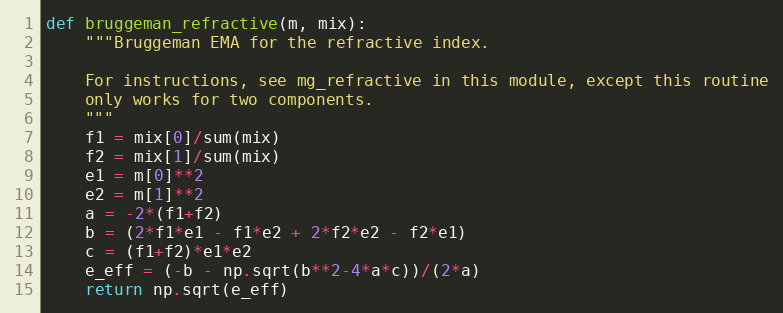
Language: Python
def bruggeman_refractive(m, mix):
    """Bruggeman EMA for the refractive index.

    For instructions, see mg_refractive in this module, except this routine
    only works for two components.
    """
    f1 = mix[0]/sum(mix)
    f2 = mix[1]/sum(mix)
    e1 = m[0]**2
    e2 = m[1]**2
    a = -2*(f1+f2)
    b = (2*f1*e1 - f1*e2 + 2*f2*e2 - f2*e1)
    c = (f1+f2)*e1*e2
    e_eff = (-b - np.sqrt(b**2-4*a*c))/(2*a)
    return np.sqrt(e_eff)